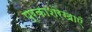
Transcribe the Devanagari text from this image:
प्रकाशरेखाएँ